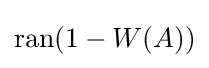
\operatorname {ran} (1-W(A))